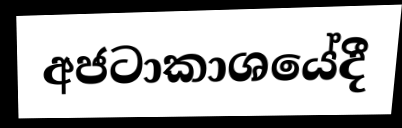
අජටාකාශයේදී